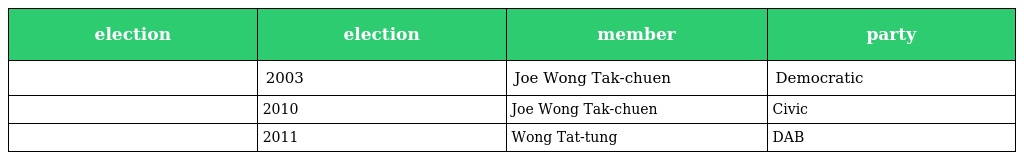
| election | election | member | party |
 | --- | --- | --- | --- |
 |  | 2003 | Joe Wong Tak-chuen | Democratic |
 |  | 2010 | Joe Wong Tak-chuen | Civic |
 |  | 2011 | Wong Tat-tung | DAB |